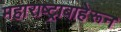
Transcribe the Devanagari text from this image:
महाराष्ट्राबाहेरून